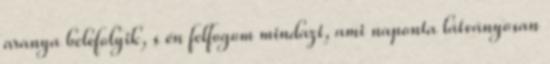
aranya belefolyik, s én felfogom mindazt, ami naponta látványosan